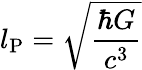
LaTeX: l_{\mathrm{P}}={\sqrt{\frac{\hbar G}{c^{3}}}}